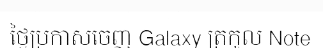
ថ្ងៃប្រកាសចេញ Galaxy ត្រកូល Note